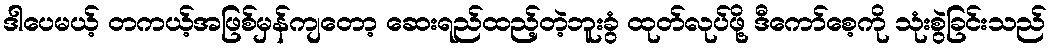
ဒါပေမယ့် တကယ့်အဖြစ်မှန်ကျတော့ ဆေးရည်ထည့်တဲ့ဘူးခွံ ထုတ်လုပ်ဖို့ ဒီကော်စေ့ကို သုံးစွဲခြင်းသည်